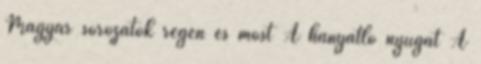
Magyar sorozatok régen és most A hanyatló nyugat A